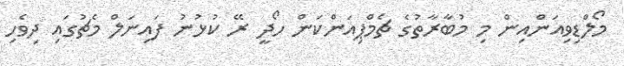
މޯލްޑިވިއަންއިން މި މުބާރާތުގެ ޗެމްޕިއަންކަން ހޯދީ ރޭ ކުޅުނު ފައިނަލް މެޗުގައި ދިވެހި